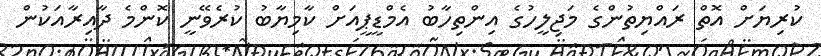
ކުރިޔަށް އޮތް ރައްޔިތުންގެ މަޖިލީހުގެ އިންތިހާބު އެމްޑީޕީއަށް ކާމިޔާބު ކުރެވޭނީ ކޮންމެ ދާއިރާއަކުން